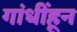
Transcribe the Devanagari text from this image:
गांधींहून